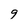
Character: 9